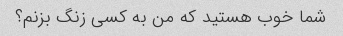
شما خوب هستید که من به کسی زنگ بزنم؟